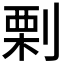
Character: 𠞉